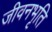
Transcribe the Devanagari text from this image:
जीवनभृति